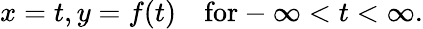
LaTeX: x=t,y=f(t)\quad\mathrm{for}-\infty<t<\infty.